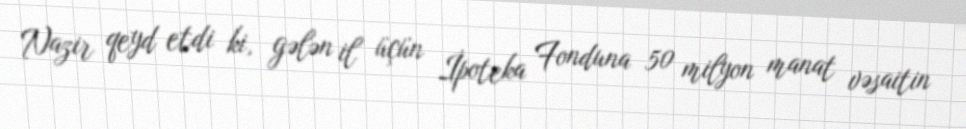
Nazir qeyd etdi ki, gələn il üçün İpoteka Fonduna 50 milyon manat vəsaitin